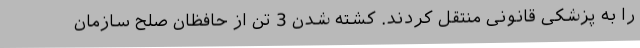
را به پزشکی قانونی منتقل کردند. کشته شدن 3 تن از حافظان صلح سازمان